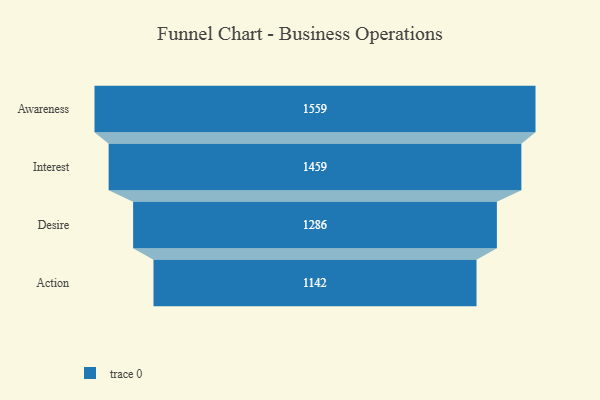
{"axis": {"x": "Stage", "y": "Value"}, "legend": [""], "data": [{"x": "Awareness", "y": 1559.0, "type": ""}, {"x": "Interest", "y": 1459.0, "type": ""}, {"x": "Desire", "y": 1286.0, "type": ""}, {"x": "Action", "y": 1142.0, "type": ""}]}